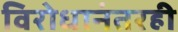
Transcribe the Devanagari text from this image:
विरोधानंतरही